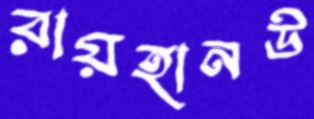
রায়হানউ